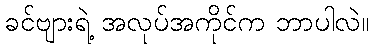
ခင်ဗျားရဲ့ အလုပ်အကိုင်က ဘာပါလဲ။